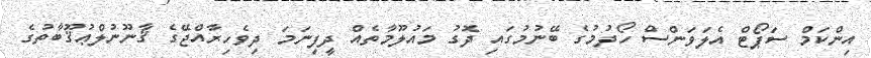
އިންކަމް ސަޕޯޓް އެލަވަންސް ހޯދުމުގެ ބޭނުމުގައި ދޮގު މައުލޫމާތެއް ދީފިނަމަ ދިވެހިރާއްޖޭގެ ޤާނޫނުލްޢުޤޫބާތުގެ